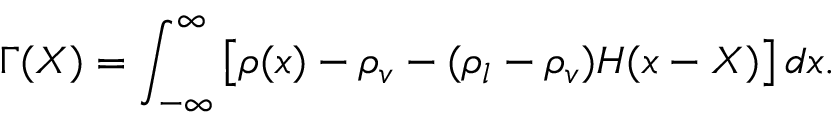
\Gamma ( X ) = \int _ { - \infty } ^ { \infty } \left[ \rho ( x ) - \rho _ { v } - ( \rho _ { l } - \rho _ { v } ) H ( x - X ) \right] d x .